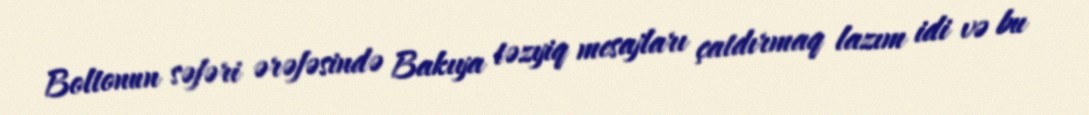
Boltonun səfəri ərəfəsində Bakıya təzyiq mesajları çatdırmaq lazım idi və bu